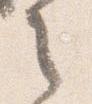
之